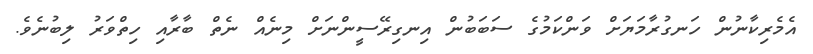
އެމެރިކާނުން ހަނގުރާމަޔަށް ވަންކަމުގެ ސަބަބުން އިނގިރޭސީންނަށް މިނެއް ނެތް ބާރާއި ހިތްވަރު ލިބުނެވެ.